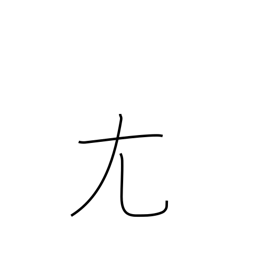
Meaning: crooked-big radical (no. 43)